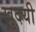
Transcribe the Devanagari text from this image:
खुदयी